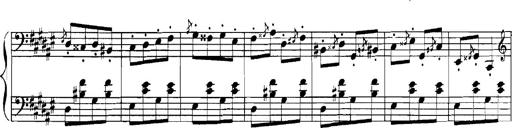
Title: Rhapsodies hongroises
Composer: Franz Liszt